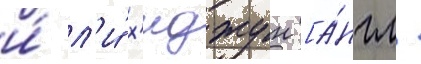
и́ л'и́ х'иджун [а́нгл.